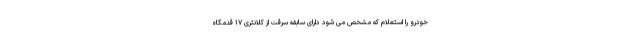
خودرو را استعلام که مشخص می شود دارای سابقه سرقت از کلانتری ۱۷ قدمگاه